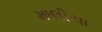
માલીયા